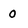
Character: 0